Annual vaccination report of Bihar and Orissa - 1911-1928
Year: 1911
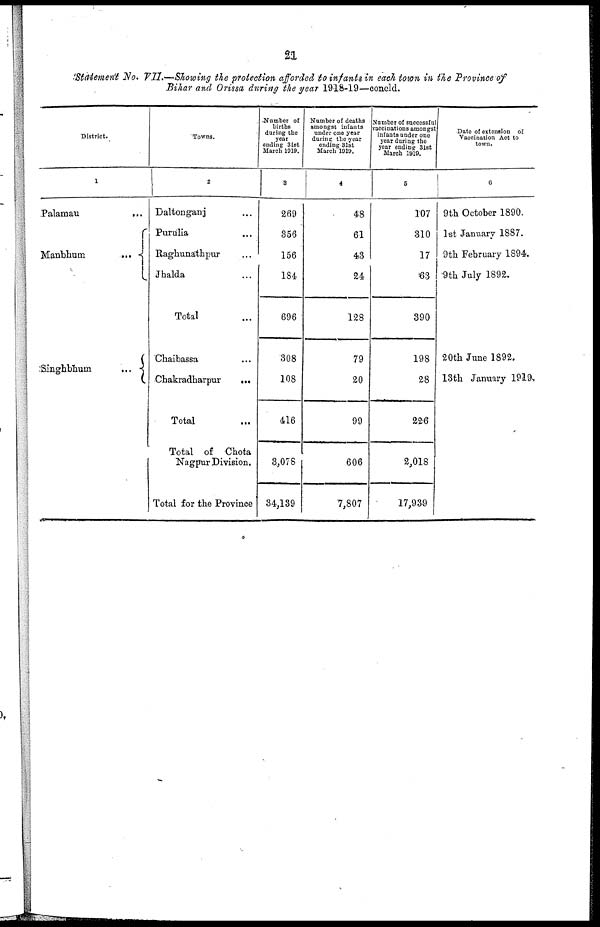
21
Statement No. VII.—Showing the protection afforded to infants in each town in the Province of
Bihar and Orissa during the year 1918-19—concld.
District.
1
Palamau
...
Manbhum
...
Singhbhum
...
Towns.
2
Daltonganj ...
Purulia
...
Raghunathpur ...
Jhalda ...
Total ...
Chaibassa ...
Chakradharpur
...
Total ...
Total of Chota
Nagpur Division.
Total for the Province
Number of
births
during the
year
ending 31st
March 1919.
3
269
356
156
184
696
308
108
416
3,078
34,139
Number of deaths
amongst infants
under one year
during the year
ending 31st
March 1919.
4
48
61
43
24
128
79
20
99
606
7,807
Number of successful
vaccinations amongst
infants under one
year during the
year ending 31st
March 1919.
5
107
310
17
63
390
198
28
226
2,018
17,939
Date of extension of
Vaccination Act to
town.
6
9th October 1890.
1st January 1887.
9th February 1894.
9th July 1892.
20th June 1892.
13th January 1919.